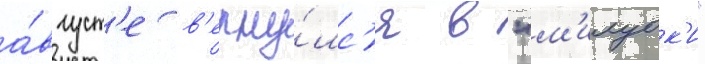
а́вгуст'е в'ерну́лс'я в "м'илуок'и"